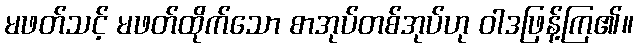
မဖတ်သင့် မဖတ်ထိုက်သော စာအုပ်တစ်အုပ်ဟု ဝါဒဖြန့်ကြ၏။